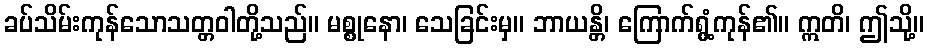
ခပ်သိမ်းကုန်သောသတ္တဝါတို့သည်။ မစ္စုနော၊ သေခြင်းမှ။ ဘာယန္တိ၊ ကြောက်ရွံ့ကုန်၏။ ဣတိ၊ ဤသို့။